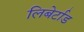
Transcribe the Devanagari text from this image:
लिबेर्टाड